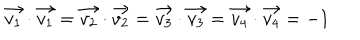
\vec { v _ { 1 } } \cdot \vec { v _ { 1 } } = \vec { v _ { 2 } } \cdot \vec { v _ { 2 } } = \vec { v _ { 3 } } \cdot \vec { v _ { 3 } } = \vec { v _ { 4 } } \cdot \vec { v _ { 4 } } = - 1